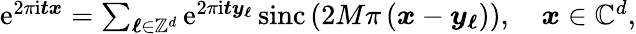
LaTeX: \begin{array}{r}{\mathrm e^{2\pi\mathrm i\boldsymbol t\boldsymbol x}=\sum_{\boldsymbol\ell\in\mathbb Z^{d}}\mathrm e^{2\pi\mathrm i\boldsymbol t\boldsymbol y_{\boldsymbol\ell}}\, \mathrm{sinc}\left(2M\pi\left(\boldsymbol x-\boldsymbol y_{\boldsymbol\ell}\right)\right),\quad\boldsymbol x\in\mathbb C^{d},}\end{array}